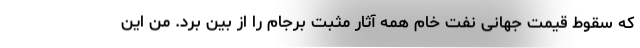
که سقوط قیمت جهانی نفت خام همه آثار مثبت برجام را از بین برد. من این